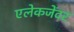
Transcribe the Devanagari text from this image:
एलेकजेंदर